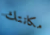
مكانتك